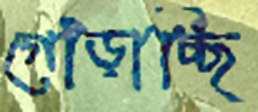
গোঁড়াচ্ছি